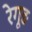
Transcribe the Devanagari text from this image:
रेगूड़